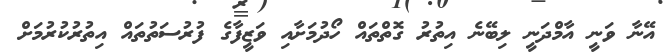
އޭނާ ވަނީ އާމްދަނީ ލިބޭނެ އިތުރު ގޮތްތައް ހޯދުމަށާއި ވަޒީފާގެ ފުރުސަތުތައް އިތުރުކުރުމަށް